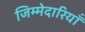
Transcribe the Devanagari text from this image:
जिम्मेदारियॉं